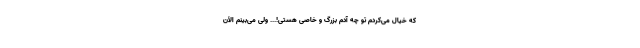
که خیال می‌کردم تو چه آدمِ بزرگ و خاصی هستی!... ولی می‌بینم الآن